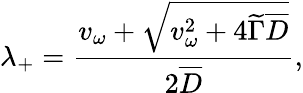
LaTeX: \lambda_{+}=\frac{v_{\omega}+\sqrt{v_{\omega}^{2}+4\widetilde{\Gamma}\overline{{{D}}}}}{2\overline{{{D}}}},